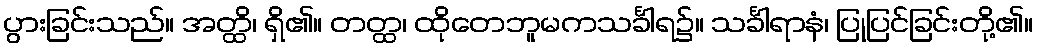
ပွားခြင်းသည်။ အတ္ထိ၊ ရှိ၏။ တတ္ထ၊ ထိုတေဘူမကသင်္ခါရ၌။ သင်္ခါရာနံ၊ ပြုပြင်ခြင်းတို့၏။